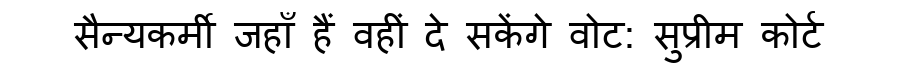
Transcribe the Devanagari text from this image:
सैन्यकर्मी जहाँ हैं वहीं दे सकेंगे वोट: सुप्रीम कोर्ट